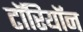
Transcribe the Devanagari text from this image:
टॉरियॉन